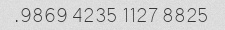
8825 1127 4235 9869.